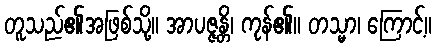
တူသည်၏အဖြစ်သို့။ အာပဇ္ဇန္တိ၊ ကုန်၏။ တသ္မာ၊ ကြောင့်။